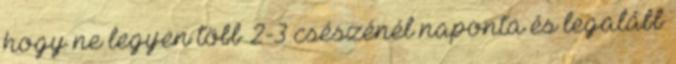
hogy ne legyen több 2-3 csészénél naponta és legalább